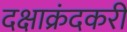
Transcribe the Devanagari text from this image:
दक्षाक्रंदकरी